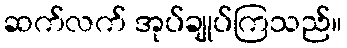
ဆက်လက် အုပ်ချုပ်ကြသည်။